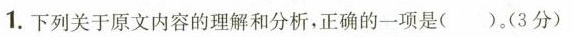
1.下列关于原文内容的理解和分析，正确的一项是（ )。(3分)